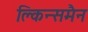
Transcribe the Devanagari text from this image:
क्लिन्समैन